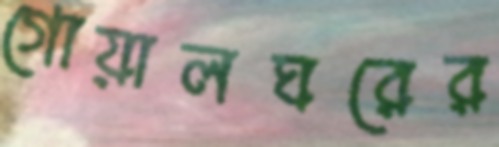
গোয়ালঘরের